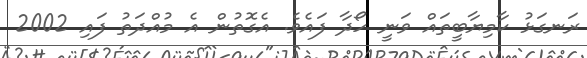
ރަނގަޅު ކާމިޔާބީތައް ވަނީ ހޯދާ ފައެވެ. އެގޮތުން އެ މުއްދަތު ފައި 2002